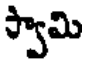
స్వామి